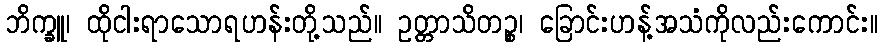
ဘိက္ခူ၊ ထိုငါးရာသောရဟန်းတို့သည်။ ဥတ္တာသိတဉ္စ၊ ခြောင်းဟန့်အသံကိုလည်းကောင်း။